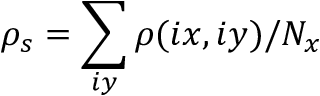
\rho _ { s } = \sum _ { i y } \rho ( i x , i y ) / N _ { x }